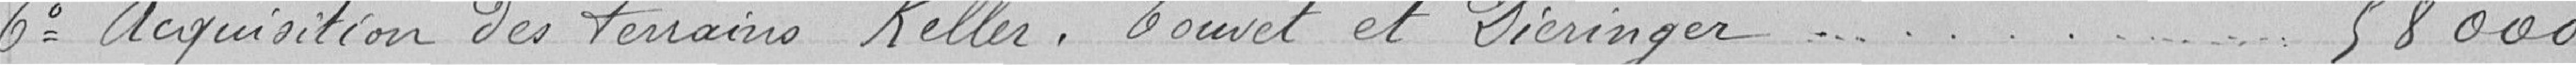
6° Acquisition des terrains Keller, Touvet et Dieringer - - - - 58 000